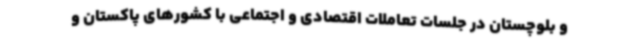
و بلوچستان در جلسات تعاملات اقتصادی و اجتماعی با کشورهای پاکستان و